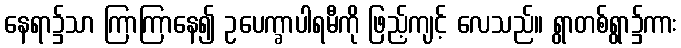
နေရာ၌သာ ကြာကြာနေ၍ ဥပေက္ခာပါရမီကို ဖြည့်ကျင့် လေသည်။ ရွာတစ်ရွာ၌ကား